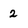
Character: 2